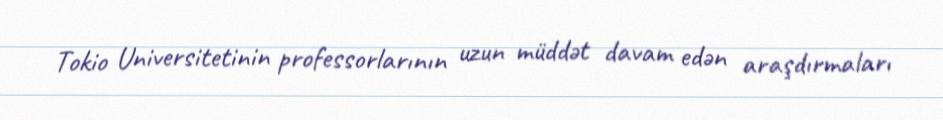
Tokio Universitetinin professorlarının uzun müddət davam edən araşdırmaları